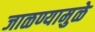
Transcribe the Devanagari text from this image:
जाळण्यामुळे